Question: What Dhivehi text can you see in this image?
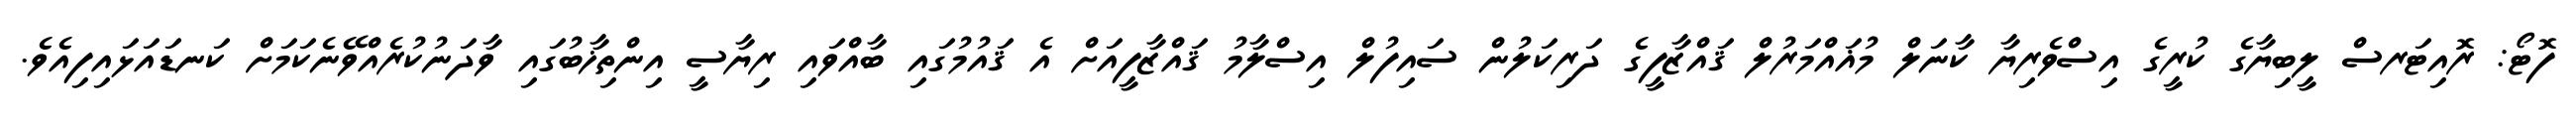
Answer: ފޮޓޯ: ރޮއިޓަރސް ލީބިޔާގެ ކުރީގެ އިސްވެރިޔާ ކާނަލް މުޣައްމަރުލް ޤައްޒާފީގެ ދަރިކަލުން ސައިފުލް އިސްލާމު ޤައްޒާފީއަށް އެ ޤައުމުގައި ބާއްވައި ރިޔާސީ އިންތިޚާބުގައި ވާދަނުކުރެއްވޭނެކަމަށް ކަނޑައަޅައިފިއެވެ.